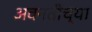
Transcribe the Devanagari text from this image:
अवनतीच्या